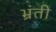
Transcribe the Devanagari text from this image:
भ्रंती